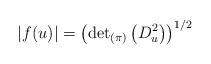
LaTeX: \begin{align*}\left|f(u)\right|=\left({\det}_{(\pi)}\left(D_u^2\right)\right)^{1/2}\end{align*}